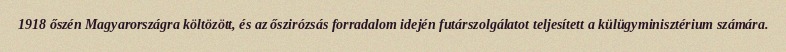
1918 őszén Magyarországra költözött, és az őszirózsás forradalom idején futárszolgálatot teljesített a külügyminisztérium számára.